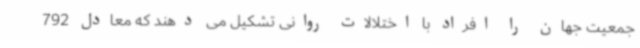
جمعیت جهان را افراد با اختلالات روانی تشکیل می دهند که معادل 792